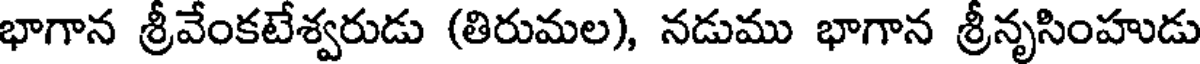
భాగాన శ్రీవేంకటేశ్వరుడు (తిరుమల), నడుము భాగాన శ్రీనృసింహుడు